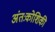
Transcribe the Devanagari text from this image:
अंतःकोशिकी